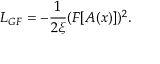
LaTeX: { \cal L } _ { G F } = - { \frac { 1 } { 2 \xi } } ( F [ A ( x ) ] ) ^ { 2 } .